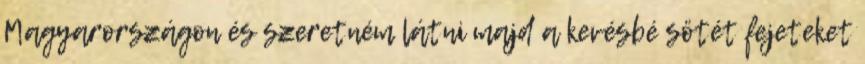
Magyarországon és szeretném látni majd a kevésbé sötét fejeteket